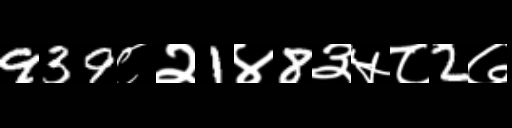
Text: 939८२1४8३५८2७